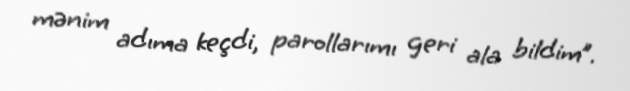
mənim adıma keçdi, parollarımı geri ala bildim”.